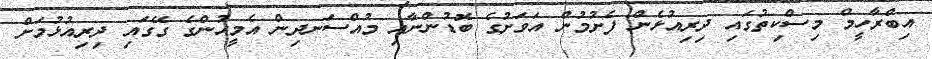
އިބްރާހީމް މިސްކިތުގައި ދިރިއުޅެން ފެށުމުން އަވަށުގެ ބޮޑުންނާއި މުއްސަނދިން އެމީހުންގެ ގޭގައި ދިރިއުޅުމަށް